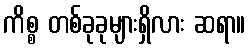
ကိစ္စ တစ်ခုခုများရှိလား ဆရာ။